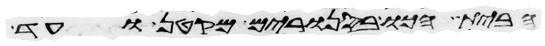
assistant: הבית הכו בסנורים מקטן ועד